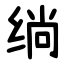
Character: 绱